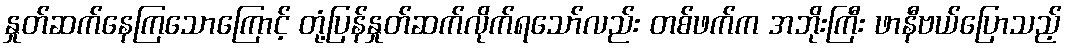
နှုတ်ဆက်နေကြသောကြောင့် တုံ့ပြန်နှုတ်ဆက်လိုက်ရသော်လည်း တစ်ဖက်က အဘိုးကြီး ဖာနီဗယ်ပြောသည့်